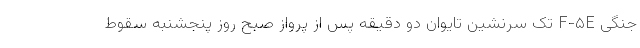
جنگی F-۵E تک سرنشین تایوان دو دقیقه پس از پرواز صبح روز پنجشنبه سقوط